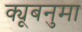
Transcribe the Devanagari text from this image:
क्यूबनुमा